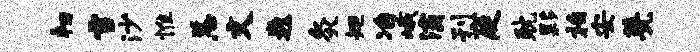
韧雪沙惟恙文巍灸矩冶峨灞刊庭耽夥柏安甍